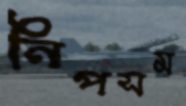
নিপসম